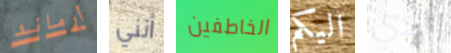
أرماند أنني الخاطفين اليكم الذي